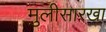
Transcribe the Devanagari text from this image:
मुलीसारखा